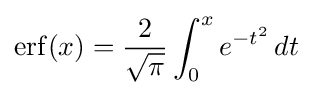
\mathrm {erf} (x)={\frac {2}{\sqrt {\pi }}}\int _{0}^{x}e^{-t^{2}}\,dt